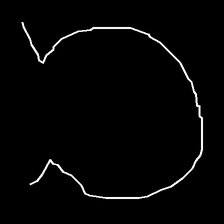
Glyph: weave